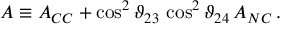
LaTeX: A \equiv A _ { C C } + \cos ^ { 2 } { \vartheta _ { 2 3 } } \, \cos ^ { 2 } { \vartheta _ { 2 4 } } \, A _ { N C } \, .